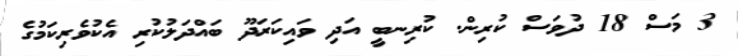
3 މަސް 18 ދުވަސް ކުރިން. ކުރިނބީ އަދި ވައިކަރަދޫ ބައްދަލުކުރި އެކުވެރިކަމުގެ